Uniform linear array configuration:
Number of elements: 12
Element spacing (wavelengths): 0.75
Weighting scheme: cosine
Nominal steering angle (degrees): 60
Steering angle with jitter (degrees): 60.133
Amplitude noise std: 0.05
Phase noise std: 0.05

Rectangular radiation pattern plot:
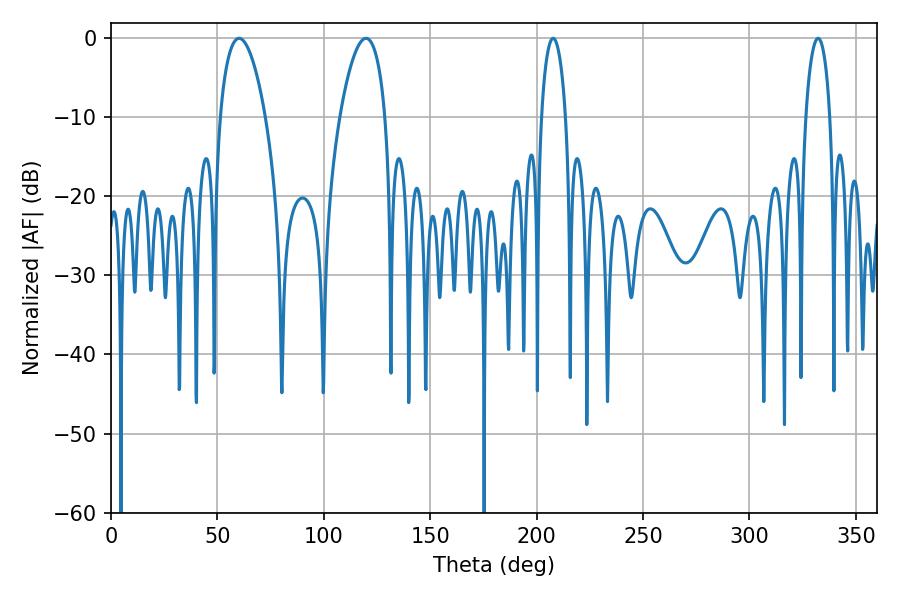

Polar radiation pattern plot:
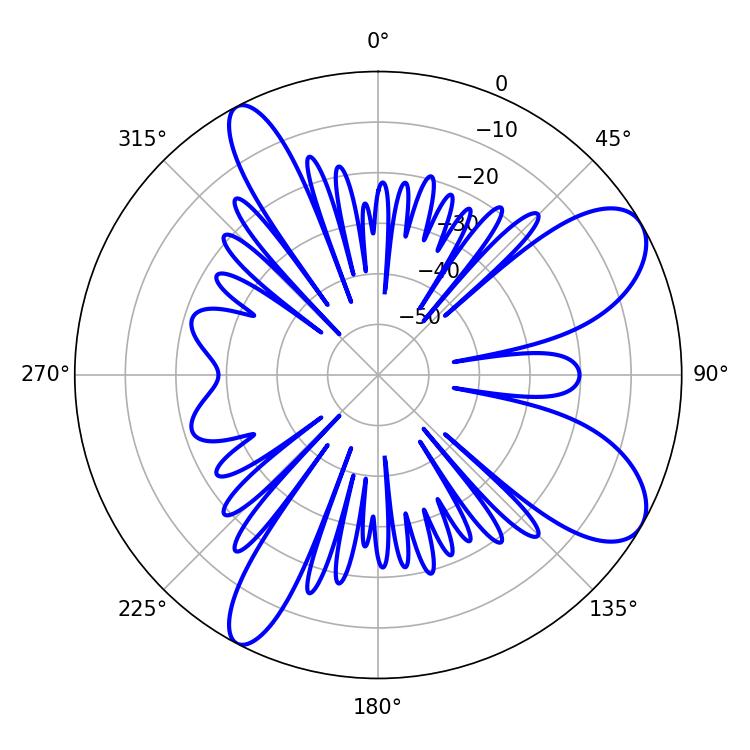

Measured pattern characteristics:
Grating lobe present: TRUE
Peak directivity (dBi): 8.696
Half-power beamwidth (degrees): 6.66
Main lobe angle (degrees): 332.28